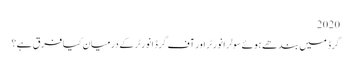
2020
گرڈ میں بندھے ہوئے سولر انورٹر اور آف گرڈ انورٹر کے درمیان کیا فرق ہے؟